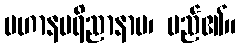
ပဟာနပရိညာနာမ၊ မည်၏။